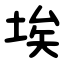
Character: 埃